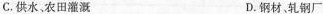
C. 供水、农田灌溉 D. 钢材、轧钢厂